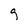
Character: 9